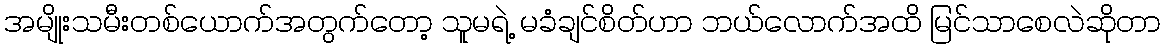
အမျိုးသမီးတစ်ယောက်အတွက်တော့ သူမရဲ့ မခံချင်စိတ်ဟာ ဘယ်လောက်အထိ မြင်သာစေလဲဆိုတာ